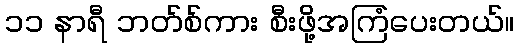
၁၁ နာရီ ဘတ်စ်ကား စီးဖို့အကြံပေးတယ်။